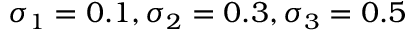
\sigma _ { 1 } = 0 . 1 , \sigma _ { 2 } = 0 . 3 , \sigma _ { 3 } = 0 . 5